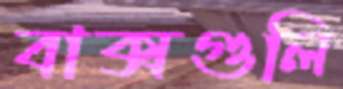
বাক্সগুলি